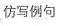
仿写例句